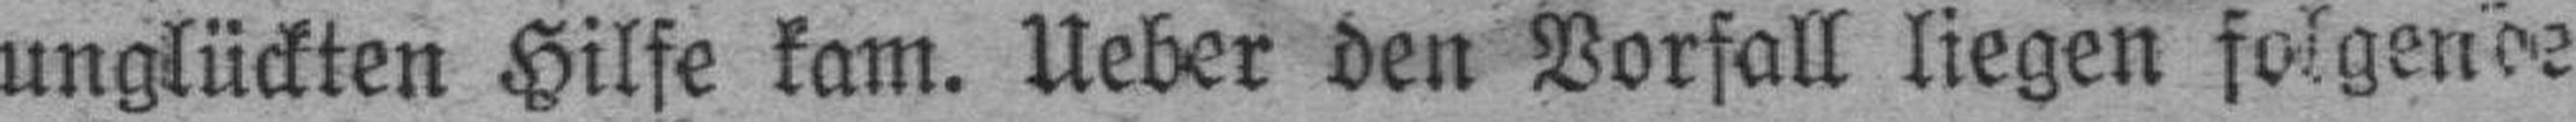
unglückten Hilfe kam. Ueber den Vorfall liegen folgende